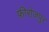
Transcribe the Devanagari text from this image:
फ़ीरोज़पुर